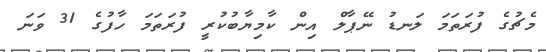
މެޗުގެ ފުރަތަމަ ލަނޑު ނޭޕާލް އިން ކާމިޔާބުކުރީ ފުރަތަމަ ހާފުގެ 31 ވަނަ